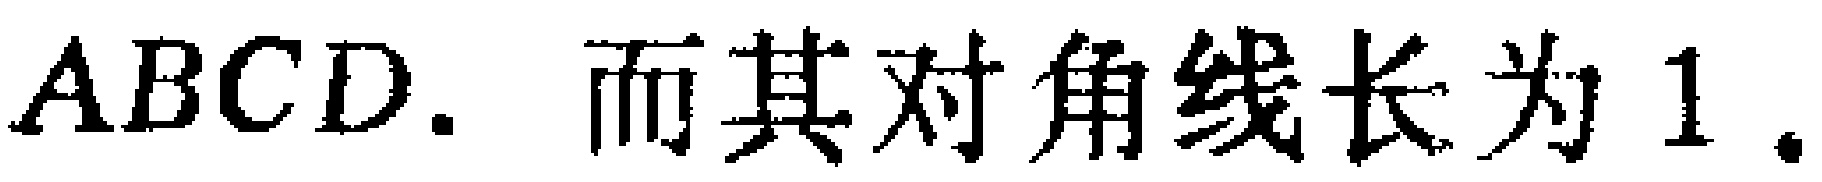
$ABCD.$ 而其对角线长为$1.$